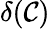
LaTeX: \delta(\mathcal{C})